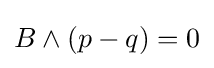
B\wedge (p-q)=0